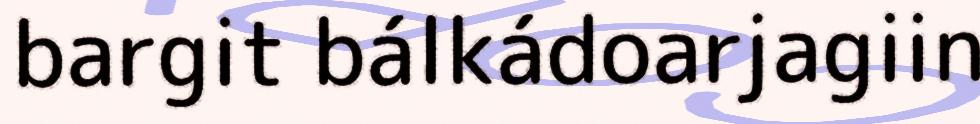
bargit bálkádoarjagiin